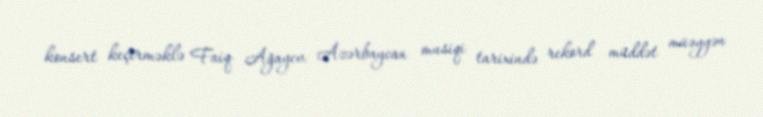
konsert keçirməklə Faiq Ağayev Azərbaycan musiqi tarixində rekord müddət müəyyən